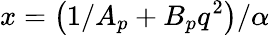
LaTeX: x=\left(1/A_{p}+B_{p}q^{2}\right)/\alpha